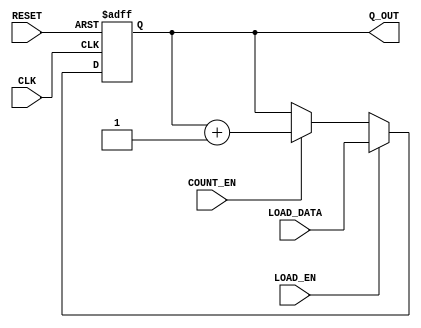
`timescale 1ns / 1ps
//////////////////////////////////////////////////////////////////////////////////
// Module Name:    counter_2bit 
// Project Name: 	 ee201l_merging_arrays
// Description:  	 This is a 2-bit loadable counter with count enable.
// 
// Comments:  
//          (1) Notice the use of parameter WIDTH. 
//          (2) Use this counter as template to create microprogram counter of 
//              appropriate width. 
//
//////////////////////////////////////////////////////////////////////////////////

module counter_3bit(CLK, RESET, COUNT_EN, LOAD_EN, LOAD_DATA, Q_OUT);

 parameter WIDTH = 3;
 
 input CLK, RESET, COUNT_EN, LOAD_EN;
 input  [WIDTH-1:0] LOAD_DATA;
 
 output [WIDTH-1:0] Q_OUT;
 reg 	  [WIDTH-1:0] Q_OUT;
 
 always @ (posedge CLK, posedge RESET)
	 begin  : counter_logic
		if (RESET)
			Q_OUT <= {WIDTH{1'b0}}; 
		else
			if(LOAD_EN)
				Q_OUT <= LOAD_DATA;
			else if (COUNT_EN)
				Q_OUT <= Q_OUT + 1;
			else 
				Q_OUT <= Q_OUT;
	 end

endmodule